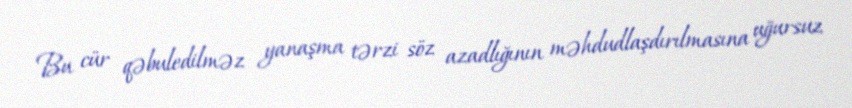
Bu cür qəbuledilməz yanaşma tərzi söz azadlığının məhdudlaşdırılmasına uğursuz